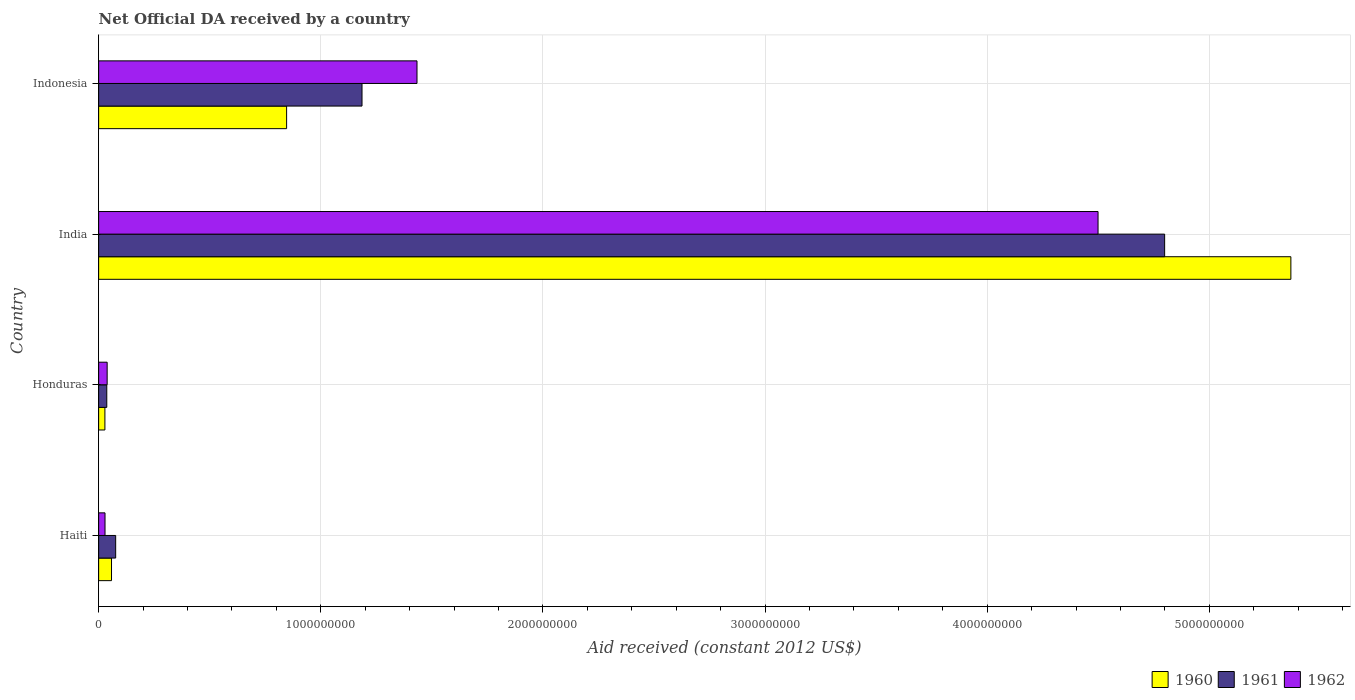
| Country | 1960 | 1961 | 1962 |
 | --- | --- | --- | --- |
 | Haiti | 5.8e+07 | 7.67e+07 | 2.88e+07 |
 | Honduras | 2.82e+07 | 3.67e+07 | 3.84e+07 |
 | India | 5.37e+09 | 4.8e+09 | 4.5e+09 |
 | Indonesia | 8.46e+08 | 1.19e+09 | 1.43e+09 |